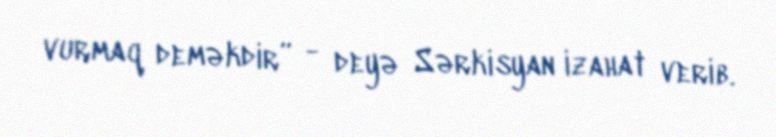
vurmaq deməkdir” - deyə Sərkisyan izahat verib.